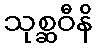
သုစ္ဆဝီနိ